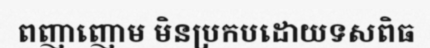
ពញាញោម មិនប្រកបដោយទសពិធ